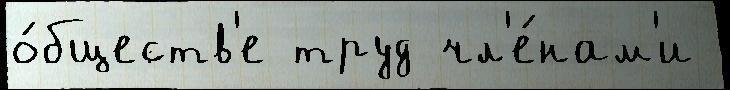
о́бществ'е труд чл'е́нам'и